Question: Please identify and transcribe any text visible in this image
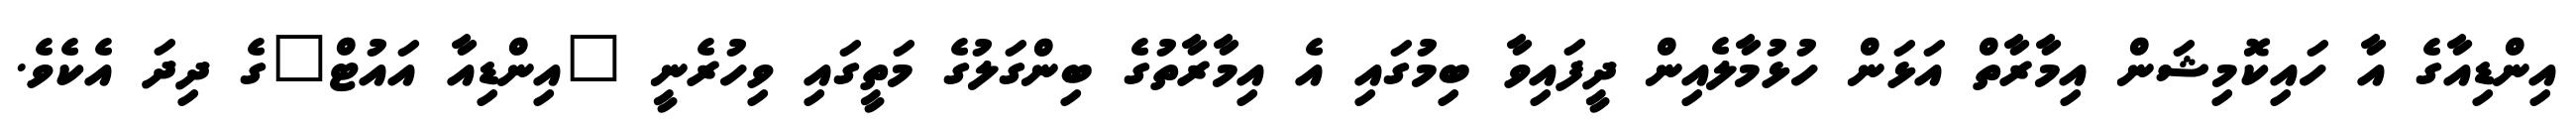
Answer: އިންޑިއާގެ އާ ހައިކޮމިޝަން އިމާރާތް އަޅަން ހުޅުމާލެއިން ދީފައިވާ ބިމުގައި އެ އިމާރާތުގެ ބިންގަލުގެ މަތީގައި ވިހުރެނީ "އިންޑިއާ އައުޓް"ގެ ދިދަ އެކެވެ.